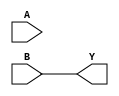
module combinational_logic (
    input wire A,  // Input A
    input wire B,  // Input B
    output wire Y  // Output Y
);

// Combinational logic block
assign Y = B;  // Simplified logic expression

endmodule